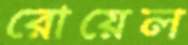
রোয়েল